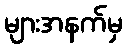
များအနက်မှ